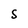
Character: S